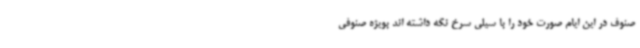
صنوف در این ایام صورت خود را با سیلی سرخ نگه داشته اند بویژه صنوفی